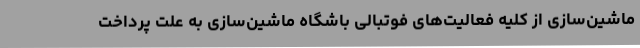
ماشین‌سازی از کلیه فعالیت‌های فوتبالی باشگاه ماشین‌سازی به علت پرداخت